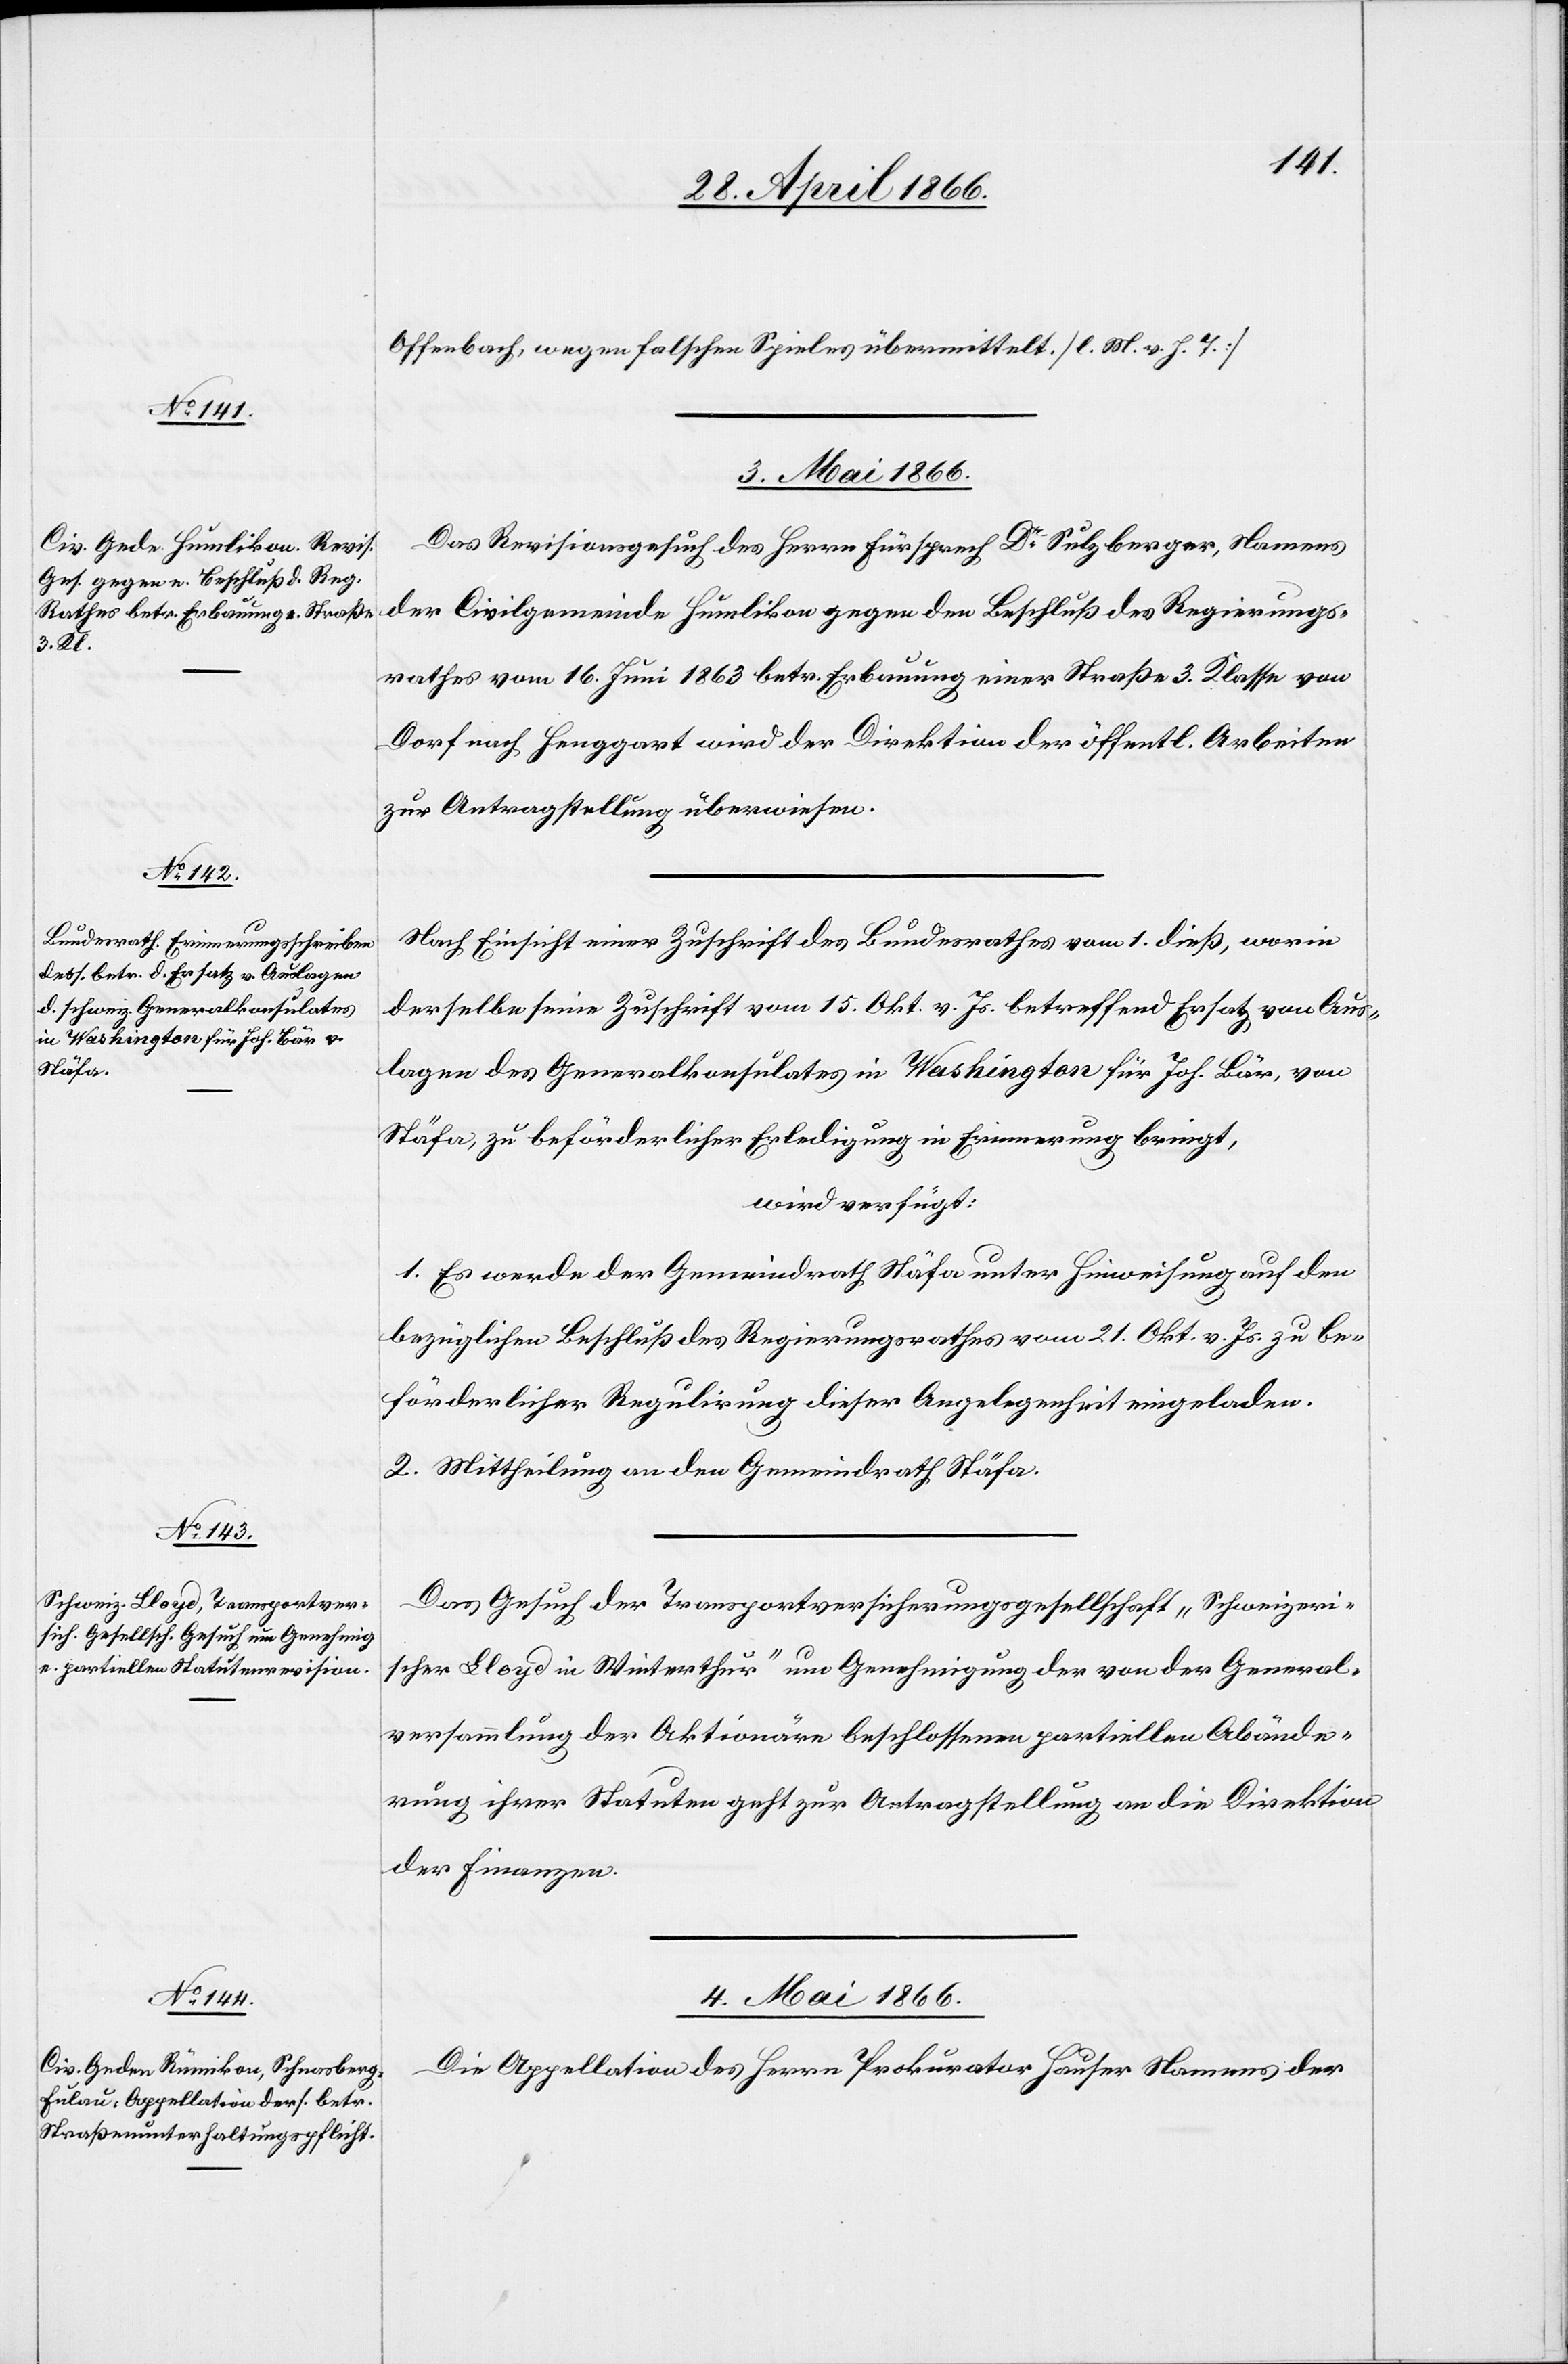
Offenbach, wegen falschen Spielens übermittelt. [l. M. v. h. T.]
3. Mai 1866.]
Das Revisionsgesuch des Herrn Fürsprech Dr. Sulzberger, Namens
der Civilgemeinde Humlikon gegen den Beschluß des Regierungs¬
rathes vom 16. Juni 1863 betr. Erbauung einer Straße 3. Klasse von
Dorf nach Henggart wird der Direktion der öffentl. Arbeiten
zur Antragstellung überwiesen.
Nach Einsicht einer Zuschrift des Bundesrathes vom 1. dieß, worin
derselbe seine Zuschrift vom 15. Okt. v. Js. betreffend Ersatz von Aus¬
lagen des Generalkonsulates in Washington für Joh. Bär, von
Stäfa, zu beförderlicher Erledigung in Erinnerung bringt,
wird verfügt:
1. Es werde der Gemeindrath Stäfa unter Hinweisung auf den
bezüglichen Beschluß des Regierungsrathes vom 21. Okt. v. Js. zu be¬
förderlicher Regulirung dieser Angelegenheit eingeladen.
2. Mittheilung an den Gemeindrath Stäfa.
Das Gesuch der Transportversicherungsgesellschaft „Schweizeri¬
scher Lloyd in Winterthur“ um Genehmigung der von der General¬
versammlung der Aktionäre beschlossenen partiellen Abände¬
rung ihrer Statuten geht zur Antragstellung an die Direktion
der Finanzen.
4. Mai 1866.]
Die Appellation des Herrn Prokurator Hauser Namens der